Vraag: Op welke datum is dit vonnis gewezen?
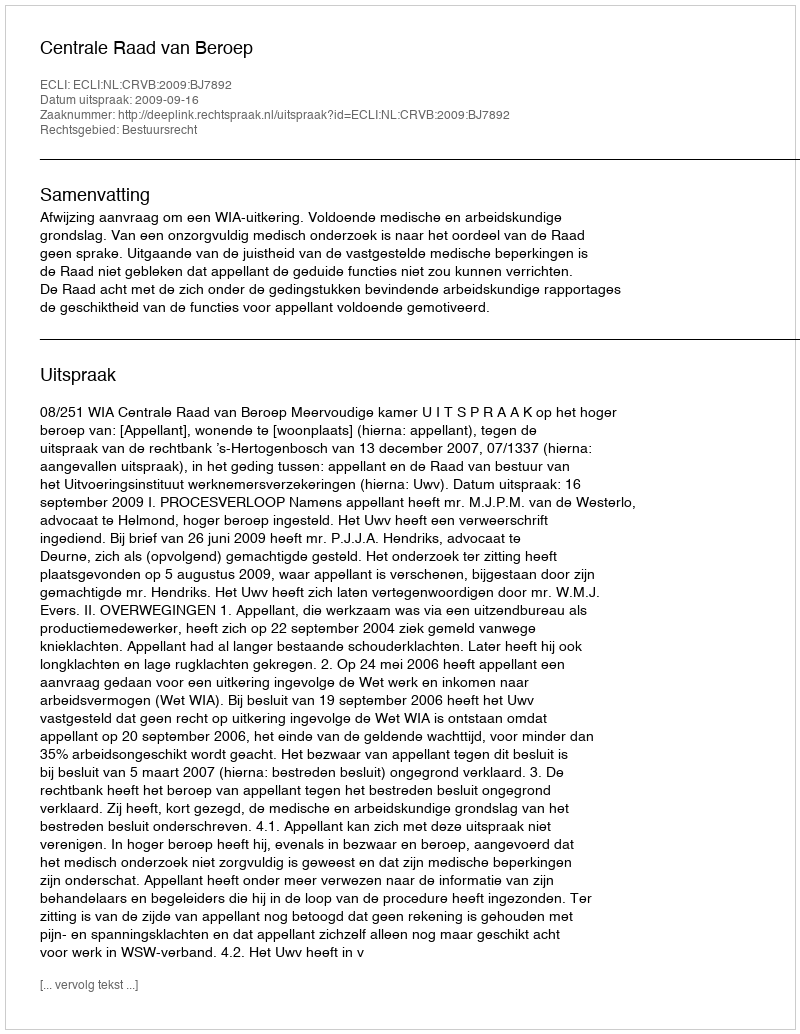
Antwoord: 2009-09-16